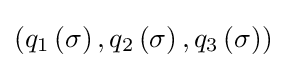
\left(q_{1}\left(\sigma \right),q_{2}\left(\sigma \right),q_{3}\left(\sigma \right)\right)